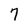
Character: 7